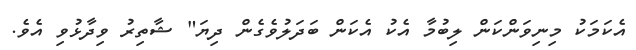
އެކަމަކު މިނިވަންކަން ލިބުމާ އެކު އެކަން ބަދަލުވެގެން ދިޔަ" ޝާތިރު ވިދާޅުވި އެވެ.